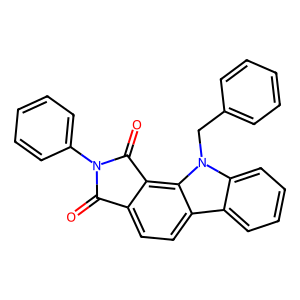
SMILES: O=C1c2ccc3c4ccccc4n(Cc4ccccc4)c3c2C(=O)N1c1ccccc1
Inhibits HIV replication: No